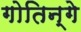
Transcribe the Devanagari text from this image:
गोतिन्गे